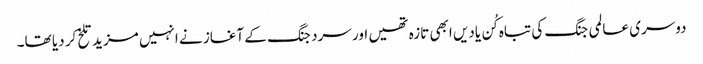
دوسری عالمی جنگ کی تباہ کُن یادیں ابھی تازہ تھیں اور سرد جنگ کے آغاز نے انہیں مزید تلخ کر دیا تھا۔